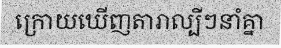
ក្រោយឃើញតារាល្បីៗនាំគ្នា